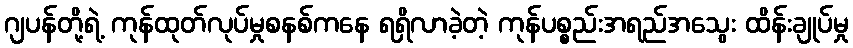
ဂျပန်တို့ရဲ့ ကုန်ထုတ်လုပ်မှုစနစ်ကနေ ရရှိလာခဲ့တဲ့ ကုန်ပစ္စည်းအရည်အသွေး ထိန်းချုပ်မှု